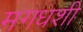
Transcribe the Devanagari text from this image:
मगधशी